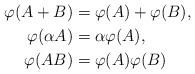
LaTeX: \begin{align*}\varphi(A+B)&=\varphi(A)+\varphi(B),\\\varphi(\alpha A)&=\alpha\varphi(A),\\\varphi(AB)&=\varphi(A)\varphi(B)\end{align*}